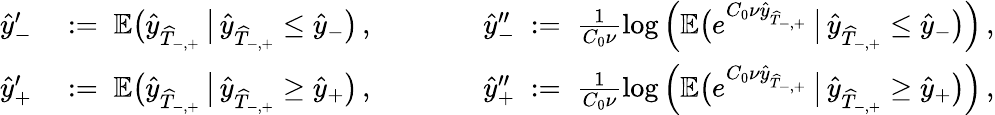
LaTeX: \begin{array}{rlrl}{\widehat{y}_{-}^{\prime}}&{\; :=\; \mathbb{E}\big(\widehat{y}_{\widehat{T}_{-,+}}\, \big|\, \widehat{y}_{\widehat{T}_{-,+}}\leq\widehat{y}_{-}\big)\, ,}&{\qquad}&{\widehat{y}_{-}^{\prime\prime}\; :=\; \frac{1}{C_{0}\nu}\log\Big(\mathbb{E}\big(e^{C_{0}\nu\widehat{y}_{\widehat{T}_{-,+}}}\, \big|\, \widehat{y}_{\widehat{T}_{-,+}}\leq\widehat{y}_{-}\big)\Big)\, ,}\\ {\widehat{y}_{+}^{\prime}}&{\; :=\; \mathbb{E}\big(\widehat{y}_{\widehat{T}_{-,+}}\, \big|\, \widehat{y}_{\widehat{T}_{-,+}}\geq\widehat{y}_{+}\big)\, ,}&{\qquad}&{\widehat{y}_{+}^{\prime\prime}\; :=\; \frac{1}{C_{0}\nu}\log\Big(\mathbb{E}\big(e^{C_{0}\nu\widehat{y}_{\widehat{T}_{-,+}}}\, \big|\, \widehat{y}_{\widehat{T}_{-,+}}\geq\widehat{y}_{+}\big)\Big)\, ,}\end{array}